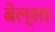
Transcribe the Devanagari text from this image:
बेल्सा